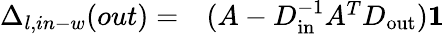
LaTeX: \begin{array}{rl}{\Delta_{l,in-w}(out)=}&{{}(A-D_{\mathrm{in}}^{-1}A^{T}D_{\mathrm{out}})\mathbf{1}}\end{array}